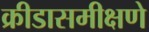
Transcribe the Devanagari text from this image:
क्रीडासमीक्षणे